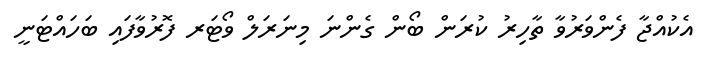
އެކުއްޖާ ފެންވަރުވާ ތާހިރު ކުރަން ބޯން ގެންނަ މިނަރަލް ވޯޓަރ ފޮރުވާފައި ބަހައްޓަނީ